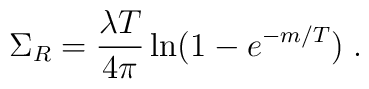
\Sigma_R=\frac{\lambda T}{4\pi}\ln(1-e^{-m/T})\;.